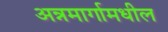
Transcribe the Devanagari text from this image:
अन्नमार्गामधील